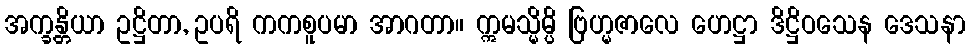
အက္ခန္တိယာ ဥဋ္ဌိတာ, ဥပရိ ကကစူပမာ အာဂတာ။ ဣမသ္မိမ္ပိ ဗြဟ္မဇာလေ ဟေဋ္ဌာ ဒိဋ္ဌိဝသေန ဒေသနာ